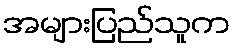
အများပြည်သူက